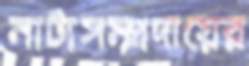
নাট্যসম্প্রদায়ের